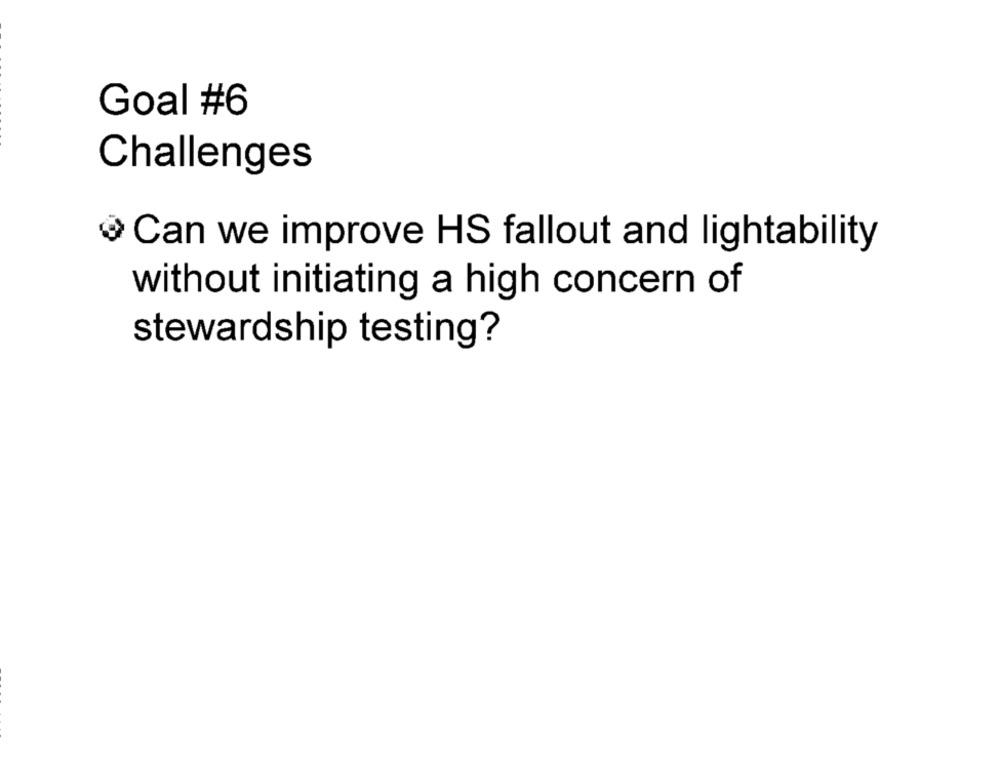
Goal #6
Challenges
Can we improve HS fallout and lightability
without initiating a high concern of
stewardship testing?